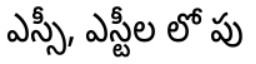
ఎస్సీ, ఎస్టీల లో పు